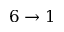
6 \to 1